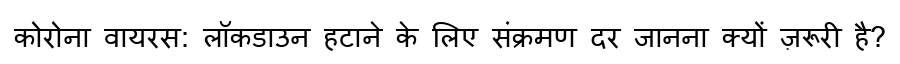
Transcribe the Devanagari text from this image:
कोरोना वायरस: लॉकडाउन हटाने के लिए संक्रमण दर जानना क्यों ज़रूरी है?